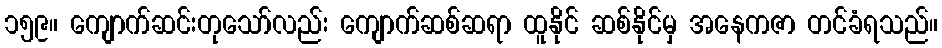
၁၅၉။ ကျောက်ဆင်းတုသော်လည်း ကျောက်ဆစ်ဆရာ ထူနိုင် ဆစ်နိုင်မှ အနေကဇာ တင်ခံရသည်။